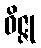
ဝိဇ္ဇု